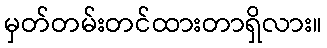
မှတ်တမ်းတင်ထားတာရှိလား။